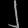
Digit: ၂